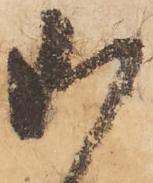
御